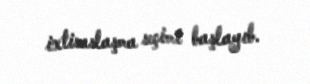
ixtisaslaşma seçimi başlayıb.